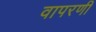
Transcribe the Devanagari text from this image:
वापरणी